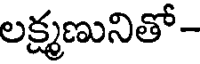
లక్ష్మణునితో-